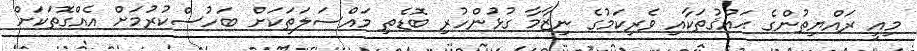
މިއީ ރައްޔިތުންގެ ޙައްޤުތަކާއި ވެރިކަމުގެ ނިޒާމާ ގުޅުންހުރި ބޮޑެތި މައްސަލަތަކަށް ބަހުސްކުރުމަށް އެއްގޮތަކަށް